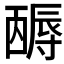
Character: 𡭋